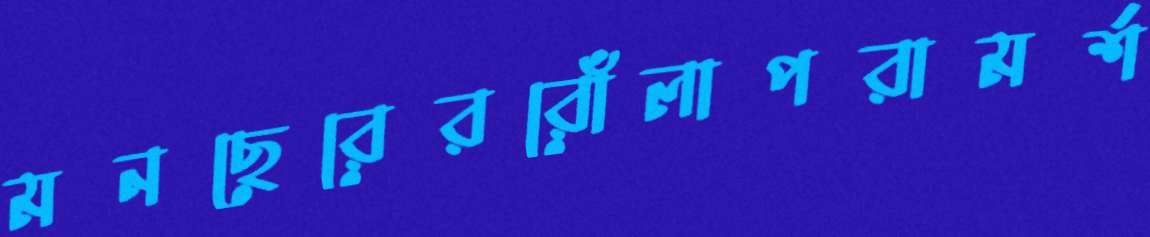
মনছেরেররোঁলাপরামর্শ